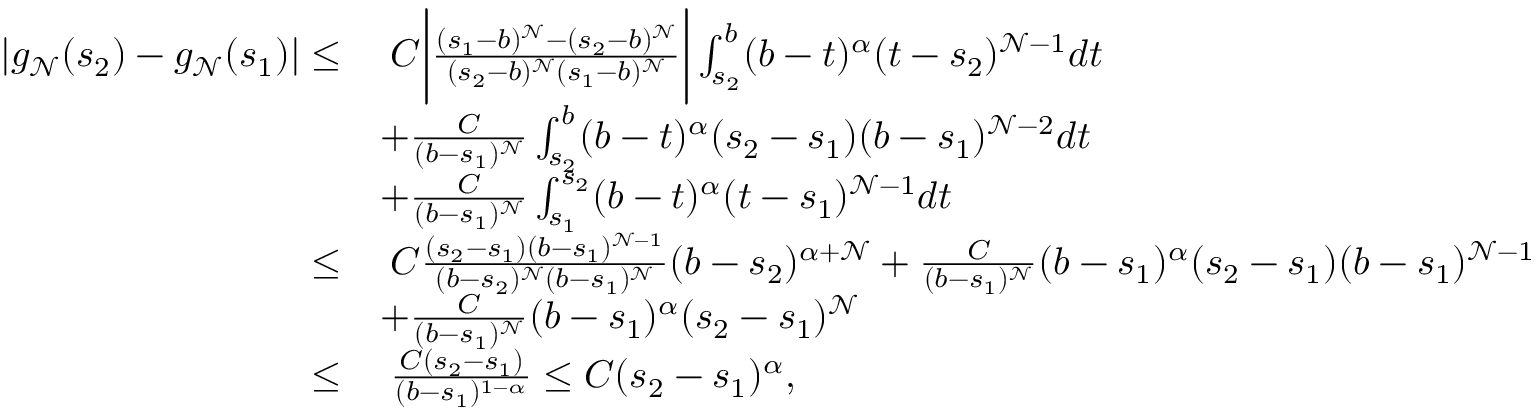
\begin{array} { r l } { | g _ { \mathcal { N } } ( s _ { 2 } ) - g _ { \mathcal { N } } ( s _ { 1 } ) | \leq } & { \; C \bigg | \frac { ( s _ { 1 } - b ) ^ { \mathcal { N } } - ( s _ { 2 } - b ) ^ { \mathcal { N } } } { ( s _ { 2 } - b ) ^ { \mathcal { N } } ( s _ { 1 } - b ) ^ { \mathcal { N } } } \bigg | \int _ { s _ { 2 } } ^ { b } ( b - t ) ^ { \alpha } ( t - s _ { 2 } ) ^ { \mathcal { N } - 1 } d t } \\ & { + \frac { C } { ( b - s _ { 1 } ) ^ { \mathcal { N } } } \int _ { s _ { 2 } } ^ { b } ( b - t ) ^ { \alpha } ( s _ { 2 } - s _ { 1 } ) ( b - s _ { 1 } ) ^ { \mathcal { N } - 2 } d t } \\ & { + \frac { C } { ( b - s _ { 1 } ) ^ { \mathcal { N } } } \int _ { s _ { 1 } } ^ { s _ { 2 } } ( b - t ) ^ { \alpha } ( t - s _ { 1 } ) ^ { \mathcal { N } - 1 } d t } \\ { \leq } & { \; C \frac { ( s _ { 2 } - s _ { 1 } ) ( b - s _ { 1 } ) ^ { \mathcal { N } - 1 } } { ( b - s _ { 2 } ) ^ { \mathcal { N } } ( b - s _ { 1 } ) ^ { \mathcal { N } } } ( b - s _ { 2 } ) ^ { \alpha + \mathcal { N } } + \frac { C } { ( b - s _ { 1 } ) ^ { \mathcal { N } } } ( b - s _ { 1 } ) ^ { \alpha } ( s _ { 2 } - s _ { 1 } ) ( b - s _ { 1 } ) ^ { \mathcal { N } - 1 } } \\ & { + \frac { C } { ( b - s _ { 1 } ) ^ { \mathcal { N } } } ( b - s _ { 1 } ) ^ { \alpha } ( s _ { 2 } - s _ { 1 } ) ^ { \mathcal { N } } } \\ { \leq } & { \; \frac { C ( s _ { 2 } - s _ { 1 } ) } { ( b - s _ { 1 } ) ^ { 1 - \alpha } } \leq C ( s _ { 2 } - s _ { 1 } ) ^ { \alpha } , } \end{array}